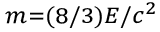
\scriptstyle { m = ( 8 / 3 ) E / c ^ { 2 } }